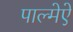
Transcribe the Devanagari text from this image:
पाल्मेऐ